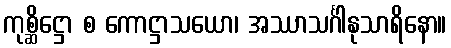
ကုစ္ဆိဋ္ဌော စ ကောဋ္ဌာသယော၊ အဿာသင်္ဂါနုသာရိနော။